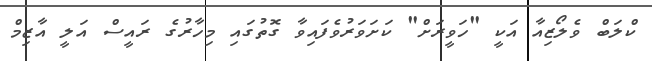
ކްލަބް ވެލޯޒިއާ އަކީ "ހަވީރަށް" ކަށަވަރުވެފައިވާ ގޮތުގައި މިހާރުގެ ރައީސް އަލީ އާޒިމް